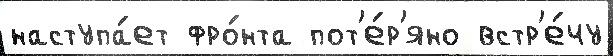
наступа́ет фро́нта пот'е́р'яно встр'е́чу